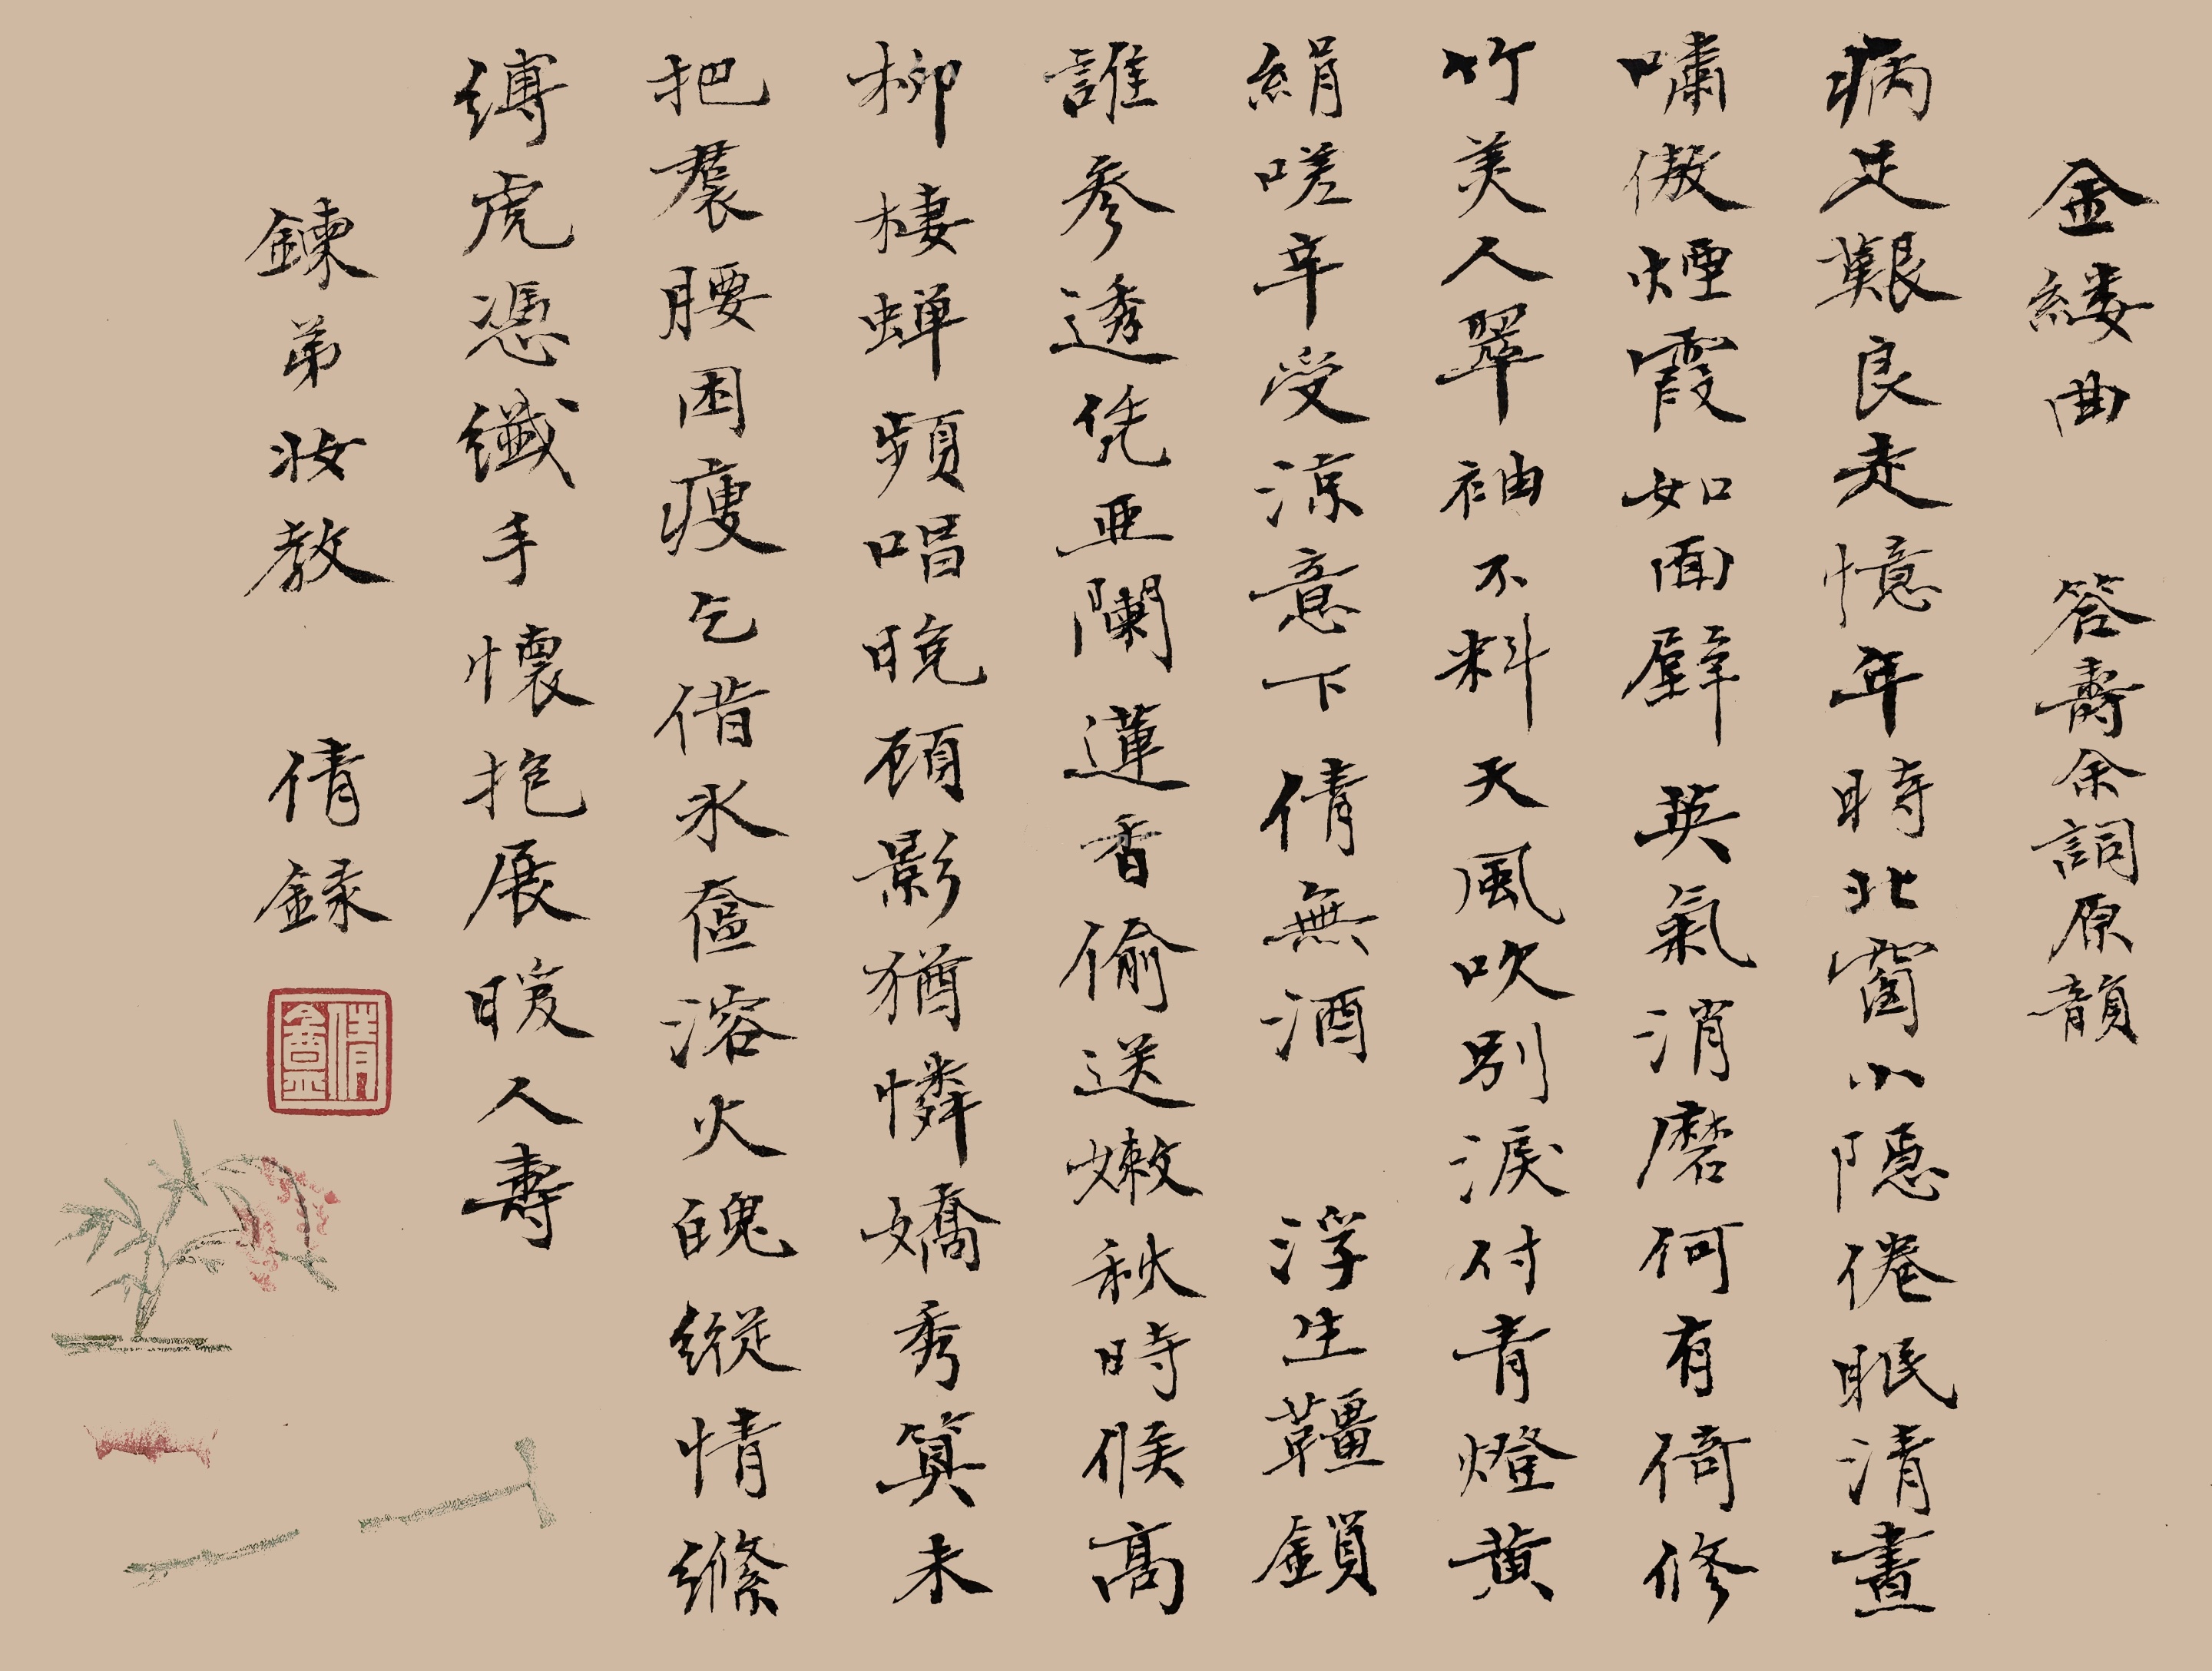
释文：金缕曲，答寿余词原韵。病足艰良走。忆年时、北窗小隐，倦眠清昼。啸傲烟霞如面壁，英气消磨何有。倚修竹、美人翠袖。不料天风吹别泪，付青镫、黄绢嗟辛受。凉意下，倩无酒。浮生缰锁谁参透。凭亚阑、莲香偷送，嫩秋时候。高柳栖蝉频唱晚，顾影犹怜娇秀。算未把、裙腰困瘦。乞借冰奁溶火魄，纵情绦、缚虎凭纤手。怀抱展，暖人寿。弟妆教，倩录。倩庵